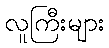
လူကြီးများ